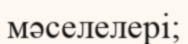
мәселелері;